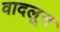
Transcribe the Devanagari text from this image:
वादलून